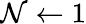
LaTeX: \mathcal{N}\leftarrow1